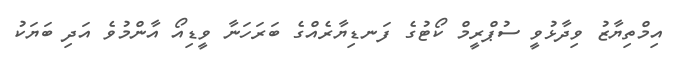
އިމްތިޔާޒު ވިދާޅުވީ ސުޕްރީމް ކޯޓުގެ ފަނޑިޔާރެއްގެ ބަރަހަނާ ވީޑިއޯ އާންމުވެ އަދި ބަޔަކު